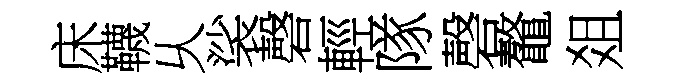
床韈乆裟磬輕隊磬鼇爼